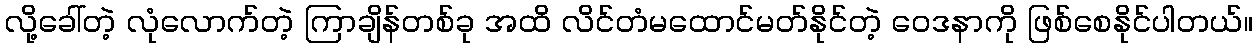
လို့ခေါ်တဲ့ လုံလောက်တဲ့ ကြာချိန်တစ်ခု အထိ လိင်တံမထောင်မတ်နိုင်တဲ့ ဝေဒနာကို ဖြစ်စေနိုင်ပါတယ်။